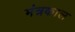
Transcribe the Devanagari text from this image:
मंत्रकाल